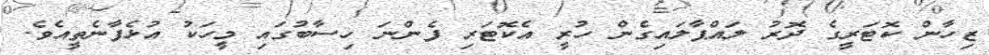
ޒިހާން ކޮޓަރީގެ ދޮރު ލައްޕާލައިގެން ހުރީ އެކޮޓަރި ފެންނަ ހިސާބުގައި މީހަކު އުޅެފާނެތީއެވެ.